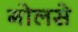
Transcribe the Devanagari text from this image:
गोलसे